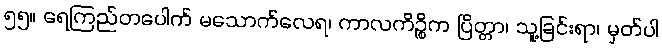
၅၅။ ရေကြည်တပေါက် မသောက်လေရ၊ ကာလကိဉ္စိက ပြိတ္တာ၊ သူ့ခြင်းရာ၊ မှတ်ပါ